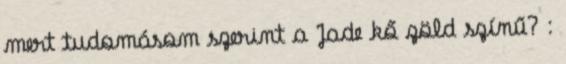
mert tudomásom szerint a Jade kő zöld színű? :